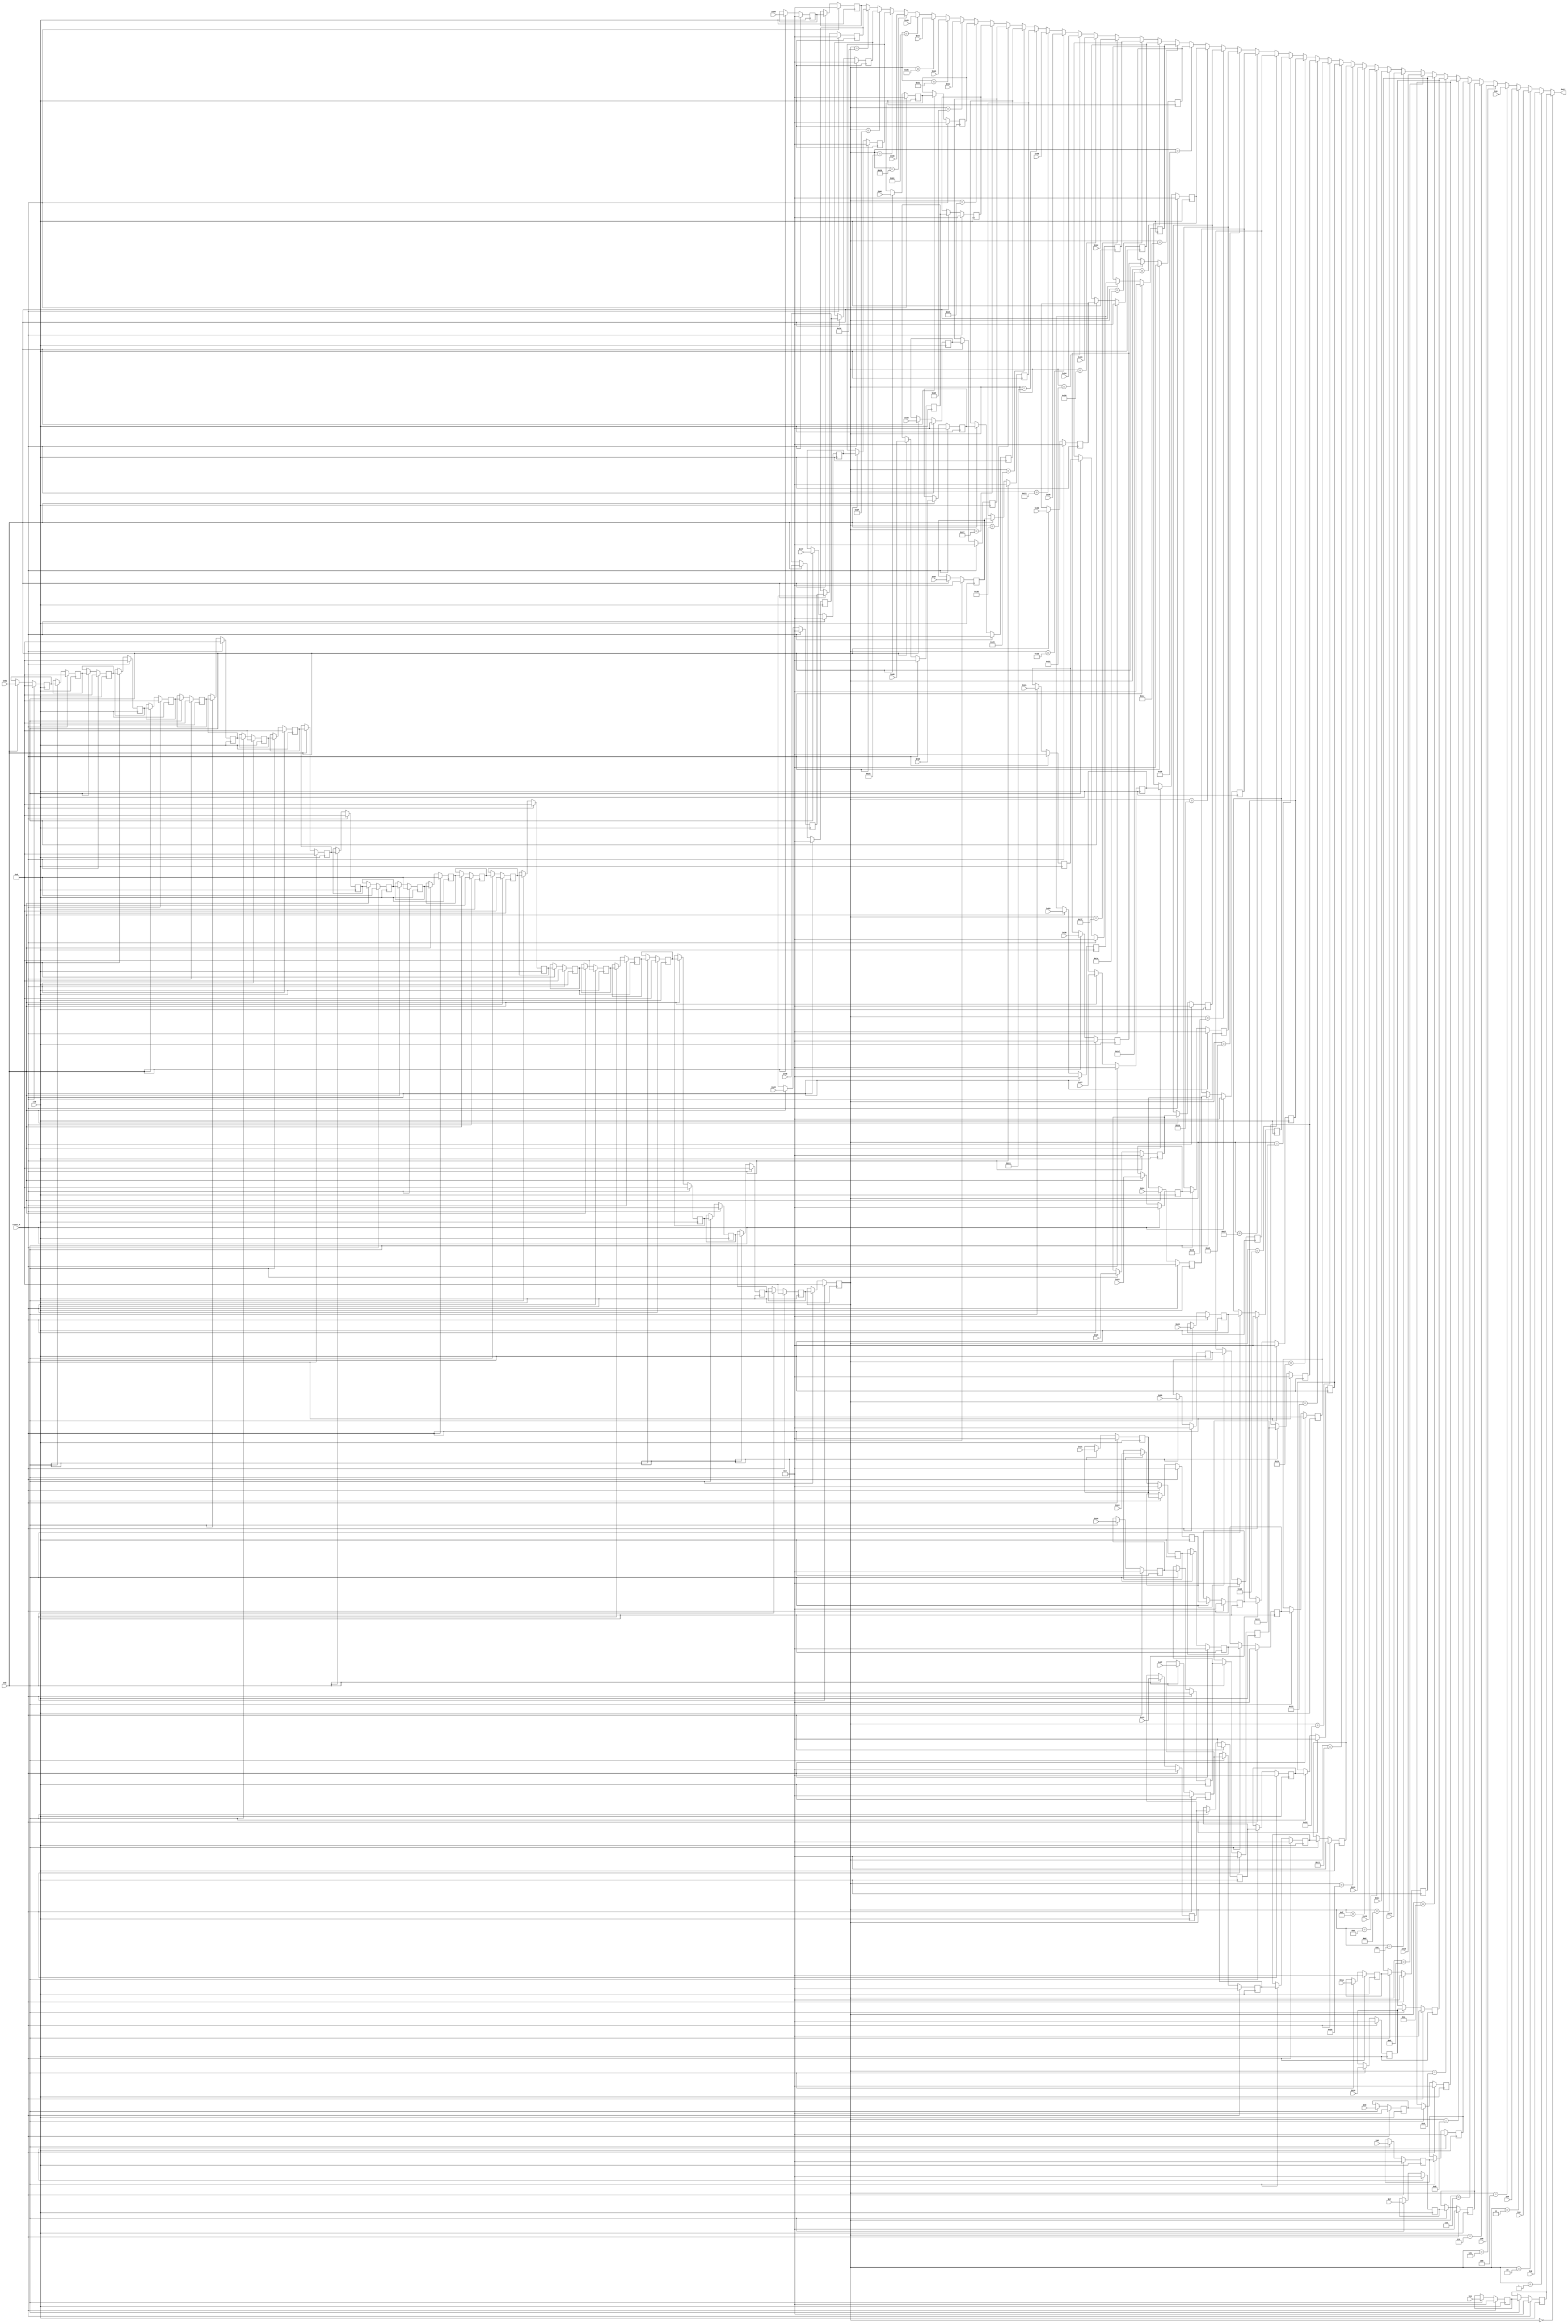
// -------------------------------------------------------------
// 
// 
// Generated by MATLAB 9.8 and HDL Coder 3.16
// 
// -------------------------------------------------------------


// -------------------------------------------------------------
// 
// Module: parallel_serial
// Source Path: newhope_cambios/FDHT/parallel_serial
// Hierarchy Level: 1
// 
// -------------------------------------------------------------

`timescale 1 ns / 1 ns

module parallel_serial
          (clk,
           reset_x,
           enb,
           In1,
           In2,
           In3,
           In4,
           In5,
           In6,
           In7,
           In8,
           In9,
           In10,
           In11,
           In12,
           In13,
           In14,
           In15,
           In16,
           In17,
           In18,
           In19,
           In20,
           In21,
           In22,
           In23,
           In24,
           In25,
           In26,
           In27,
           In28,
           In29,
           In30,
           In31,
           In32,
           In33,
           In34,
           In35,
           In36,
           In37,
           In38,
           In39,
           In40,
           In41,
           In42,
           In43,
           In44,
           In45,
           In46,
           In47,
           In48,
           In49,
           In50,
           In51,
           Out2);


  input   clk;
  input   reset_x;
  input   enb;
  input   signed [14:0] In1;  // sfix15_En5
  input   signed [14:0] In2;  // sfix15_En5
  input   signed [14:0] In3;  // sfix15_En5
  input   signed [14:0] In4;  // sfix15_En5
  input   signed [14:0] In5;  // sfix15_En5
  input   signed [14:0] In6;  // sfix15_En5
  input   signed [14:0] In7;  // sfix15_En5
  input   signed [14:0] In8;  // sfix15_En5
  input   signed [14:0] In9;  // sfix15_En5
  input   signed [14:0] In10;  // sfix15_En5
  input   signed [14:0] In11;  // sfix15_En5
  input   signed [14:0] In12;  // sfix15_En5
  input   signed [14:0] In13;  // sfix15_En5
  input   signed [14:0] In14;  // sfix15_En5
  input   signed [14:0] In15;  // sfix15_En5
  input   signed [14:0] In16;  // sfix15_En5
  input   signed [14:0] In17;  // sfix15_En5
  input   signed [14:0] In18;  // sfix15_En5
  input   signed [14:0] In19;  // sfix15_En5
  input   signed [14:0] In20;  // sfix15_En5
  input   signed [14:0] In21;  // sfix15_En5
  input   signed [14:0] In22;  // sfix15_En5
  input   signed [14:0] In23;  // sfix15_En5
  input   signed [14:0] In24;  // sfix15_En5
  input   signed [14:0] In25;  // sfix15_En5
  input   signed [14:0] In26;  // sfix15_En5
  input   signed [14:0] In27;  // sfix15_En5
  input   signed [14:0] In28;  // sfix15_En5
  input   signed [14:0] In29;  // sfix15_En5
  input   signed [14:0] In30;  // sfix15_En5
  input   signed [14:0] In31;  // sfix15_En5
  input   signed [14:0] In32;  // sfix15_En5
  input   signed [14:0] In33;  // sfix15_En5
  input   signed [14:0] In34;  // sfix15_En5
  input   signed [14:0] In35;  // sfix15_En5
  input   signed [14:0] In36;  // sfix15_En5
  input   signed [14:0] In37;  // sfix15_En5
  input   signed [14:0] In38;  // sfix15_En5
  input   signed [14:0] In39;  // sfix15_En5
  input   signed [14:0] In40;  // sfix15_En5
  input   signed [14:0] In41;  // sfix15_En5
  input   signed [14:0] In42;  // sfix15_En5
  input   signed [14:0] In43;  // sfix15_En5
  input   signed [14:0] In44;  // sfix15_En5
  input   signed [14:0] In45;  // sfix15_En5
  input   signed [14:0] In46;  // sfix15_En5
  input   signed [14:0] In47;  // sfix15_En5
  input   signed [14:0] In48;  // sfix15_En5
  input   signed [14:0] In49;  // sfix15_En5
  input   signed [14:0] In50;  // sfix15_En5
  input   [7:0] In51;  // uint8
  output  signed [14:0] Out2;  // sfix15_En5


  reg [7:0] delayMatch_reg [0:25];  // ufix8 [26]
  wire [7:0] delayMatch_reg_next [0:25];  // ufix8 [26]
  wire [7:0] In51_1;  // uint8
  reg signed [14:0] delayMatch1_reg [0:1];  // sfix15 [2]
  wire signed [14:0] delayMatch1_reg_next [0:1];  // sfix15_En5 [2]
  wire signed [14:0] In1_1;  // sfix15_En5
  reg signed [14:0] delayMatch2_reg [0:1];  // sfix15 [2]
  wire signed [14:0] delayMatch2_reg_next [0:1];  // sfix15_En5 [2]
  wire signed [14:0] In7_1;  // sfix15_En5
  reg signed [14:0] delayMatch3_reg [0:1];  // sfix15 [2]
  wire signed [14:0] delayMatch3_reg_next [0:1];  // sfix15_En5 [2]
  wire signed [14:0] In8_1;  // sfix15_En5
  reg signed [14:0] delayMatch4_reg [0:1];  // sfix15 [2]
  wire signed [14:0] delayMatch4_reg_next [0:1];  // sfix15_En5 [2]
  wire signed [14:0] In9_1;  // sfix15_En5
  reg signed [14:0] delayMatch5_reg [0:1];  // sfix15 [2]
  wire signed [14:0] delayMatch5_reg_next [0:1];  // sfix15_En5 [2]
  wire signed [14:0] In10_1;  // sfix15_En5
  reg signed [14:0] delayMatch6_reg [0:1];  // sfix15 [2]
  wire signed [14:0] delayMatch6_reg_next [0:1];  // sfix15_En5 [2]
  wire signed [14:0] In11_1;  // sfix15_En5
  reg signed [14:0] delayMatch7_reg [0:3];  // sfix15 [4]
  wire signed [14:0] delayMatch7_reg_next [0:3];  // sfix15_En5 [4]
  wire signed [14:0] In17_1;  // sfix15_En5
  reg signed [14:0] delayMatch8_reg [0:3];  // sfix15 [4]
  wire signed [14:0] delayMatch8_reg_next [0:3];  // sfix15_En5 [4]
  wire signed [14:0] In18_1;  // sfix15_En5
  reg signed [14:0] delayMatch9_reg [0:3];  // sfix15 [4]
  wire signed [14:0] delayMatch9_reg_next [0:3];  // sfix15_En5 [4]
  wire signed [14:0] In19_1;  // sfix15_En5
  reg signed [14:0] delayMatch10_reg [0:3];  // sfix15 [4]
  wire signed [14:0] delayMatch10_reg_next [0:3];  // sfix15_En5 [4]
  wire signed [14:0] In20_1;  // sfix15_En5
  reg signed [14:0] delayMatch11_reg [0:3];  // sfix15 [4]
  wire signed [14:0] delayMatch11_reg_next [0:3];  // sfix15_En5 [4]
  wire signed [14:0] In21_1;  // sfix15_En5
  reg signed [14:0] delayMatch12_reg [0:1];  // sfix15 [2]
  wire signed [14:0] delayMatch12_reg_next [0:1];  // sfix15_En5 [2]
  wire signed [14:0] In22_1;  // sfix15_En5
  reg signed [14:0] delayMatch13_reg [0:1];  // sfix15 [2]
  wire signed [14:0] delayMatch13_reg_next [0:1];  // sfix15_En5 [2]
  wire signed [14:0] In23_1;  // sfix15_En5
  reg signed [14:0] delayMatch14_reg [0:1];  // sfix15 [2]
  wire signed [14:0] delayMatch14_reg_next [0:1];  // sfix15_En5 [2]
  wire signed [14:0] In24_1;  // sfix15_En5
  reg signed [14:0] delayMatch15_reg [0:1];  // sfix15 [2]
  wire signed [14:0] delayMatch15_reg_next [0:1];  // sfix15_En5 [2]
  wire signed [14:0] In25_1;  // sfix15_En5
  reg signed [14:0] delayMatch16_reg [0:1];  // sfix15 [2]
  wire signed [14:0] delayMatch16_reg_next [0:1];  // sfix15_En5 [2]
  wire signed [14:0] In26_1;  // sfix15_En5
  reg signed [14:0] delayMatch17_reg [0:1];  // sfix15 [2]
  wire signed [14:0] delayMatch17_reg_next [0:1];  // sfix15_En5 [2]
  wire signed [14:0] In27_1;  // sfix15_En5
  reg signed [14:0] delayMatch18_reg [0:1];  // sfix15 [2]
  wire signed [14:0] delayMatch18_reg_next [0:1];  // sfix15_En5 [2]
  wire signed [14:0] In28_1;  // sfix15_En5
  reg signed [14:0] delayMatch19_reg [0:1];  // sfix15 [2]
  wire signed [14:0] delayMatch19_reg_next [0:1];  // sfix15_En5 [2]
  wire signed [14:0] In29_1;  // sfix15_En5
  reg signed [14:0] delayMatch20_reg [0:1];  // sfix15 [2]
  wire signed [14:0] delayMatch20_reg_next [0:1];  // sfix15_En5 [2]
  wire signed [14:0] In30_1;  // sfix15_En5
  reg signed [14:0] delayMatch21_reg [0:1];  // sfix15 [2]
  wire signed [14:0] delayMatch21_reg_next [0:1];  // sfix15_En5 [2]
  wire signed [14:0] In31_1;  // sfix15_En5
  reg signed [14:0] delayMatch22_reg [0:1];  // sfix15 [2]
  wire signed [14:0] delayMatch22_reg_next [0:1];  // sfix15_En5 [2]
  wire signed [14:0] In37_1;  // sfix15_En5
  reg signed [14:0] delayMatch23_reg [0:1];  // sfix15 [2]
  wire signed [14:0] delayMatch23_reg_next [0:1];  // sfix15_En5 [2]
  wire signed [14:0] In38_1;  // sfix15_En5
  reg signed [14:0] delayMatch24_reg [0:1];  // sfix15 [2]
  wire signed [14:0] delayMatch24_reg_next [0:1];  // sfix15_En5 [2]
  wire signed [14:0] In39_1;  // sfix15_En5
  reg signed [14:0] delayMatch25_reg [0:1];  // sfix15 [2]
  wire signed [14:0] delayMatch25_reg_next [0:1];  // sfix15_En5 [2]
  wire signed [14:0] In40_1;  // sfix15_En5
  reg signed [14:0] delayMatch26_reg [0:1];  // sfix15 [2]
  wire signed [14:0] delayMatch26_reg_next [0:1];  // sfix15_En5 [2]
  wire signed [14:0] In41_1;  // sfix15_En5
  reg signed [14:0] delayMatch27_reg [0:1];  // sfix15 [2]
  wire signed [14:0] delayMatch27_reg_next [0:1];  // sfix15_En5 [2]
  wire signed [14:0] In47_1;  // sfix15_En5
  reg signed [14:0] delayMatch28_reg [0:1];  // sfix15 [2]
  wire signed [14:0] delayMatch28_reg_next [0:1];  // sfix15_En5 [2]
  wire signed [14:0] In48_1;  // sfix15_En5
  reg signed [14:0] delayMatch29_reg [0:1];  // sfix15 [2]
  wire signed [14:0] delayMatch29_reg_next [0:1];  // sfix15_En5 [2]
  wire signed [14:0] In49_1;  // sfix15_En5
  reg signed [14:0] delayMatch30_reg [0:1];  // sfix15 [2]
  wire signed [14:0] delayMatch30_reg_next [0:1];  // sfix15_En5 [2]
  wire signed [14:0] In50_1;  // sfix15_En5
  wire signed [14:0] Multiport_Switch2_out1;  // sfix15_En5


  always @(posedge clk)
    begin : delayMatch_process
      if (reset_x == 1'b1) begin
        delayMatch_reg[0] <= 8'b00000000;
        delayMatch_reg[1] <= 8'b00000000;
        delayMatch_reg[2] <= 8'b00000000;
        delayMatch_reg[3] <= 8'b00000000;
        delayMatch_reg[4] <= 8'b00000000;
        delayMatch_reg[5] <= 8'b00000000;
        delayMatch_reg[6] <= 8'b00000000;
        delayMatch_reg[7] <= 8'b00000000;
        delayMatch_reg[8] <= 8'b00000000;
        delayMatch_reg[9] <= 8'b00000000;
        delayMatch_reg[10] <= 8'b00000000;
        delayMatch_reg[11] <= 8'b00000000;
        delayMatch_reg[12] <= 8'b00000000;
        delayMatch_reg[13] <= 8'b00000000;
        delayMatch_reg[14] <= 8'b00000000;
        delayMatch_reg[15] <= 8'b00000000;
        delayMatch_reg[16] <= 8'b00000000;
        delayMatch_reg[17] <= 8'b00000000;
        delayMatch_reg[18] <= 8'b00000000;
        delayMatch_reg[19] <= 8'b00000000;
        delayMatch_reg[20] <= 8'b00000000;
        delayMatch_reg[21] <= 8'b00000000;
        delayMatch_reg[22] <= 8'b00000000;
        delayMatch_reg[23] <= 8'b00000000;
        delayMatch_reg[24] <= 8'b00000000;
        delayMatch_reg[25] <= 8'b00000000;
      end
      else begin
        if (enb) begin
          delayMatch_reg[0] <= delayMatch_reg_next[0];
          delayMatch_reg[1] <= delayMatch_reg_next[1];
          delayMatch_reg[2] <= delayMatch_reg_next[2];
          delayMatch_reg[3] <= delayMatch_reg_next[3];
          delayMatch_reg[4] <= delayMatch_reg_next[4];
          delayMatch_reg[5] <= delayMatch_reg_next[5];
          delayMatch_reg[6] <= delayMatch_reg_next[6];
          delayMatch_reg[7] <= delayMatch_reg_next[7];
          delayMatch_reg[8] <= delayMatch_reg_next[8];
          delayMatch_reg[9] <= delayMatch_reg_next[9];
          delayMatch_reg[10] <= delayMatch_reg_next[10];
          delayMatch_reg[11] <= delayMatch_reg_next[11];
          delayMatch_reg[12] <= delayMatch_reg_next[12];
          delayMatch_reg[13] <= delayMatch_reg_next[13];
          delayMatch_reg[14] <= delayMatch_reg_next[14];
          delayMatch_reg[15] <= delayMatch_reg_next[15];
          delayMatch_reg[16] <= delayMatch_reg_next[16];
          delayMatch_reg[17] <= delayMatch_reg_next[17];
          delayMatch_reg[18] <= delayMatch_reg_next[18];
          delayMatch_reg[19] <= delayMatch_reg_next[19];
          delayMatch_reg[20] <= delayMatch_reg_next[20];
          delayMatch_reg[21] <= delayMatch_reg_next[21];
          delayMatch_reg[22] <= delayMatch_reg_next[22];
          delayMatch_reg[23] <= delayMatch_reg_next[23];
          delayMatch_reg[24] <= delayMatch_reg_next[24];
          delayMatch_reg[25] <= delayMatch_reg_next[25];
        end
      end
    end

  assign In51_1 = delayMatch_reg[25];
  assign delayMatch_reg_next[0] = In51;
  assign delayMatch_reg_next[1] = delayMatch_reg[0];
  assign delayMatch_reg_next[2] = delayMatch_reg[1];
  assign delayMatch_reg_next[3] = delayMatch_reg[2];
  assign delayMatch_reg_next[4] = delayMatch_reg[3];
  assign delayMatch_reg_next[5] = delayMatch_reg[4];
  assign delayMatch_reg_next[6] = delayMatch_reg[5];
  assign delayMatch_reg_next[7] = delayMatch_reg[6];
  assign delayMatch_reg_next[8] = delayMatch_reg[7];
  assign delayMatch_reg_next[9] = delayMatch_reg[8];
  assign delayMatch_reg_next[10] = delayMatch_reg[9];
  assign delayMatch_reg_next[11] = delayMatch_reg[10];
  assign delayMatch_reg_next[12] = delayMatch_reg[11];
  assign delayMatch_reg_next[13] = delayMatch_reg[12];
  assign delayMatch_reg_next[14] = delayMatch_reg[13];
  assign delayMatch_reg_next[15] = delayMatch_reg[14];
  assign delayMatch_reg_next[16] = delayMatch_reg[15];
  assign delayMatch_reg_next[17] = delayMatch_reg[16];
  assign delayMatch_reg_next[18] = delayMatch_reg[17];
  assign delayMatch_reg_next[19] = delayMatch_reg[18];
  assign delayMatch_reg_next[20] = delayMatch_reg[19];
  assign delayMatch_reg_next[21] = delayMatch_reg[20];
  assign delayMatch_reg_next[22] = delayMatch_reg[21];
  assign delayMatch_reg_next[23] = delayMatch_reg[22];
  assign delayMatch_reg_next[24] = delayMatch_reg[23];
  assign delayMatch_reg_next[25] = delayMatch_reg[24];



  always @(posedge clk)
    begin : delayMatch1_process
      if (reset_x == 1'b1) begin
        delayMatch1_reg[0] <= 15'sb000000000000000;
        delayMatch1_reg[1] <= 15'sb000000000000000;
      end
      else begin
        if (enb) begin
          delayMatch1_reg[0] <= delayMatch1_reg_next[0];
          delayMatch1_reg[1] <= delayMatch1_reg_next[1];
        end
      end
    end

  assign In1_1 = delayMatch1_reg[1];
  assign delayMatch1_reg_next[0] = In1;
  assign delayMatch1_reg_next[1] = delayMatch1_reg[0];



  always @(posedge clk)
    begin : delayMatch2_process
      if (reset_x == 1'b1) begin
        delayMatch2_reg[0] <= 15'sb000000000000000;
        delayMatch2_reg[1] <= 15'sb000000000000000;
      end
      else begin
        if (enb) begin
          delayMatch2_reg[0] <= delayMatch2_reg_next[0];
          delayMatch2_reg[1] <= delayMatch2_reg_next[1];
        end
      end
    end

  assign In7_1 = delayMatch2_reg[1];
  assign delayMatch2_reg_next[0] = In7;
  assign delayMatch2_reg_next[1] = delayMatch2_reg[0];



  always @(posedge clk)
    begin : delayMatch3_process
      if (reset_x == 1'b1) begin
        delayMatch3_reg[0] <= 15'sb000000000000000;
        delayMatch3_reg[1] <= 15'sb000000000000000;
      end
      else begin
        if (enb) begin
          delayMatch3_reg[0] <= delayMatch3_reg_next[0];
          delayMatch3_reg[1] <= delayMatch3_reg_next[1];
        end
      end
    end

  assign In8_1 = delayMatch3_reg[1];
  assign delayMatch3_reg_next[0] = In8;
  assign delayMatch3_reg_next[1] = delayMatch3_reg[0];



  always @(posedge clk)
    begin : delayMatch4_process
      if (reset_x == 1'b1) begin
        delayMatch4_reg[0] <= 15'sb000000000000000;
        delayMatch4_reg[1] <= 15'sb000000000000000;
      end
      else begin
        if (enb) begin
          delayMatch4_reg[0] <= delayMatch4_reg_next[0];
          delayMatch4_reg[1] <= delayMatch4_reg_next[1];
        end
      end
    end

  assign In9_1 = delayMatch4_reg[1];
  assign delayMatch4_reg_next[0] = In9;
  assign delayMatch4_reg_next[1] = delayMatch4_reg[0];



  always @(posedge clk)
    begin : delayMatch5_process
      if (reset_x == 1'b1) begin
        delayMatch5_reg[0] <= 15'sb000000000000000;
        delayMatch5_reg[1] <= 15'sb000000000000000;
      end
      else begin
        if (enb) begin
          delayMatch5_reg[0] <= delayMatch5_reg_next[0];
          delayMatch5_reg[1] <= delayMatch5_reg_next[1];
        end
      end
    end

  assign In10_1 = delayMatch5_reg[1];
  assign delayMatch5_reg_next[0] = In10;
  assign delayMatch5_reg_next[1] = delayMatch5_reg[0];



  always @(posedge clk)
    begin : delayMatch6_process
      if (reset_x == 1'b1) begin
        delayMatch6_reg[0] <= 15'sb000000000000000;
        delayMatch6_reg[1] <= 15'sb000000000000000;
      end
      else begin
        if (enb) begin
          delayMatch6_reg[0] <= delayMatch6_reg_next[0];
          delayMatch6_reg[1] <= delayMatch6_reg_next[1];
        end
      end
    end

  assign In11_1 = delayMatch6_reg[1];
  assign delayMatch6_reg_next[0] = In11;
  assign delayMatch6_reg_next[1] = delayMatch6_reg[0];



  always @(posedge clk)
    begin : delayMatch7_process
      if (reset_x == 1'b1) begin
        delayMatch7_reg[0] <= 15'sb000000000000000;
        delayMatch7_reg[1] <= 15'sb000000000000000;
        delayMatch7_reg[2] <= 15'sb000000000000000;
        delayMatch7_reg[3] <= 15'sb000000000000000;
      end
      else begin
        if (enb) begin
          delayMatch7_reg[0] <= delayMatch7_reg_next[0];
          delayMatch7_reg[1] <= delayMatch7_reg_next[1];
          delayMatch7_reg[2] <= delayMatch7_reg_next[2];
          delayMatch7_reg[3] <= delayMatch7_reg_next[3];
        end
      end
    end

  assign In17_1 = delayMatch7_reg[3];
  assign delayMatch7_reg_next[0] = In17;
  assign delayMatch7_reg_next[1] = delayMatch7_reg[0];
  assign delayMatch7_reg_next[2] = delayMatch7_reg[1];
  assign delayMatch7_reg_next[3] = delayMatch7_reg[2];



  always @(posedge clk)
    begin : delayMatch8_process
      if (reset_x == 1'b1) begin
        delayMatch8_reg[0] <= 15'sb000000000000000;
        delayMatch8_reg[1] <= 15'sb000000000000000;
        delayMatch8_reg[2] <= 15'sb000000000000000;
        delayMatch8_reg[3] <= 15'sb000000000000000;
      end
      else begin
        if (enb) begin
          delayMatch8_reg[0] <= delayMatch8_reg_next[0];
          delayMatch8_reg[1] <= delayMatch8_reg_next[1];
          delayMatch8_reg[2] <= delayMatch8_reg_next[2];
          delayMatch8_reg[3] <= delayMatch8_reg_next[3];
        end
      end
    end

  assign In18_1 = delayMatch8_reg[3];
  assign delayMatch8_reg_next[0] = In18;
  assign delayMatch8_reg_next[1] = delayMatch8_reg[0];
  assign delayMatch8_reg_next[2] = delayMatch8_reg[1];
  assign delayMatch8_reg_next[3] = delayMatch8_reg[2];



  always @(posedge clk)
    begin : delayMatch9_process
      if (reset_x == 1'b1) begin
        delayMatch9_reg[0] <= 15'sb000000000000000;
        delayMatch9_reg[1] <= 15'sb000000000000000;
        delayMatch9_reg[2] <= 15'sb000000000000000;
        delayMatch9_reg[3] <= 15'sb000000000000000;
      end
      else begin
        if (enb) begin
          delayMatch9_reg[0] <= delayMatch9_reg_next[0];
          delayMatch9_reg[1] <= delayMatch9_reg_next[1];
          delayMatch9_reg[2] <= delayMatch9_reg_next[2];
          delayMatch9_reg[3] <= delayMatch9_reg_next[3];
        end
      end
    end

  assign In19_1 = delayMatch9_reg[3];
  assign delayMatch9_reg_next[0] = In19;
  assign delayMatch9_reg_next[1] = delayMatch9_reg[0];
  assign delayMatch9_reg_next[2] = delayMatch9_reg[1];
  assign delayMatch9_reg_next[3] = delayMatch9_reg[2];



  always @(posedge clk)
    begin : delayMatch10_process
      if (reset_x == 1'b1) begin
        delayMatch10_reg[0] <= 15'sb000000000000000;
        delayMatch10_reg[1] <= 15'sb000000000000000;
        delayMatch10_reg[2] <= 15'sb000000000000000;
        delayMatch10_reg[3] <= 15'sb000000000000000;
      end
      else begin
        if (enb) begin
          delayMatch10_reg[0] <= delayMatch10_reg_next[0];
          delayMatch10_reg[1] <= delayMatch10_reg_next[1];
          delayMatch10_reg[2] <= delayMatch10_reg_next[2];
          delayMatch10_reg[3] <= delayMatch10_reg_next[3];
        end
      end
    end

  assign In20_1 = delayMatch10_reg[3];
  assign delayMatch10_reg_next[0] = In20;
  assign delayMatch10_reg_next[1] = delayMatch10_reg[0];
  assign delayMatch10_reg_next[2] = delayMatch10_reg[1];
  assign delayMatch10_reg_next[3] = delayMatch10_reg[2];



  always @(posedge clk)
    begin : delayMatch11_process
      if (reset_x == 1'b1) begin
        delayMatch11_reg[0] <= 15'sb000000000000000;
        delayMatch11_reg[1] <= 15'sb000000000000000;
        delayMatch11_reg[2] <= 15'sb000000000000000;
        delayMatch11_reg[3] <= 15'sb000000000000000;
      end
      else begin
        if (enb) begin
          delayMatch11_reg[0] <= delayMatch11_reg_next[0];
          delayMatch11_reg[1] <= delayMatch11_reg_next[1];
          delayMatch11_reg[2] <= delayMatch11_reg_next[2];
          delayMatch11_reg[3] <= delayMatch11_reg_next[3];
        end
      end
    end

  assign In21_1 = delayMatch11_reg[3];
  assign delayMatch11_reg_next[0] = In21;
  assign delayMatch11_reg_next[1] = delayMatch11_reg[0];
  assign delayMatch11_reg_next[2] = delayMatch11_reg[1];
  assign delayMatch11_reg_next[3] = delayMatch11_reg[2];



  always @(posedge clk)
    begin : delayMatch12_process
      if (reset_x == 1'b1) begin
        delayMatch12_reg[0] <= 15'sb000000000000000;
        delayMatch12_reg[1] <= 15'sb000000000000000;
      end
      else begin
        if (enb) begin
          delayMatch12_reg[0] <= delayMatch12_reg_next[0];
          delayMatch12_reg[1] <= delayMatch12_reg_next[1];
        end
      end
    end

  assign In22_1 = delayMatch12_reg[1];
  assign delayMatch12_reg_next[0] = In22;
  assign delayMatch12_reg_next[1] = delayMatch12_reg[0];



  always @(posedge clk)
    begin : delayMatch13_process
      if (reset_x == 1'b1) begin
        delayMatch13_reg[0] <= 15'sb000000000000000;
        delayMatch13_reg[1] <= 15'sb000000000000000;
      end
      else begin
        if (enb) begin
          delayMatch13_reg[0] <= delayMatch13_reg_next[0];
          delayMatch13_reg[1] <= delayMatch13_reg_next[1];
        end
      end
    end

  assign In23_1 = delayMatch13_reg[1];
  assign delayMatch13_reg_next[0] = In23;
  assign delayMatch13_reg_next[1] = delayMatch13_reg[0];



  always @(posedge clk)
    begin : delayMatch14_process
      if (reset_x == 1'b1) begin
        delayMatch14_reg[0] <= 15'sb000000000000000;
        delayMatch14_reg[1] <= 15'sb000000000000000;
      end
      else begin
        if (enb) begin
          delayMatch14_reg[0] <= delayMatch14_reg_next[0];
          delayMatch14_reg[1] <= delayMatch14_reg_next[1];
        end
      end
    end

  assign In24_1 = delayMatch14_reg[1];
  assign delayMatch14_reg_next[0] = In24;
  assign delayMatch14_reg_next[1] = delayMatch14_reg[0];



  always @(posedge clk)
    begin : delayMatch15_process
      if (reset_x == 1'b1) begin
        delayMatch15_reg[0] <= 15'sb000000000000000;
        delayMatch15_reg[1] <= 15'sb000000000000000;
      end
      else begin
        if (enb) begin
          delayMatch15_reg[0] <= delayMatch15_reg_next[0];
          delayMatch15_reg[1] <= delayMatch15_reg_next[1];
        end
      end
    end

  assign In25_1 = delayMatch15_reg[1];
  assign delayMatch15_reg_next[0] = In25;
  assign delayMatch15_reg_next[1] = delayMatch15_reg[0];



  always @(posedge clk)
    begin : delayMatch16_process
      if (reset_x == 1'b1) begin
        delayMatch16_reg[0] <= 15'sb000000000000000;
        delayMatch16_reg[1] <= 15'sb000000000000000;
      end
      else begin
        if (enb) begin
          delayMatch16_reg[0] <= delayMatch16_reg_next[0];
          delayMatch16_reg[1] <= delayMatch16_reg_next[1];
        end
      end
    end

  assign In26_1 = delayMatch16_reg[1];
  assign delayMatch16_reg_next[0] = In26;
  assign delayMatch16_reg_next[1] = delayMatch16_reg[0];



  always @(posedge clk)
    begin : delayMatch17_process
      if (reset_x == 1'b1) begin
        delayMatch17_reg[0] <= 15'sb000000000000000;
        delayMatch17_reg[1] <= 15'sb000000000000000;
      end
      else begin
        if (enb) begin
          delayMatch17_reg[0] <= delayMatch17_reg_next[0];
          delayMatch17_reg[1] <= delayMatch17_reg_next[1];
        end
      end
    end

  assign In27_1 = delayMatch17_reg[1];
  assign delayMatch17_reg_next[0] = In27;
  assign delayMatch17_reg_next[1] = delayMatch17_reg[0];



  always @(posedge clk)
    begin : delayMatch18_process
      if (reset_x == 1'b1) begin
        delayMatch18_reg[0] <= 15'sb000000000000000;
        delayMatch18_reg[1] <= 15'sb000000000000000;
      end
      else begin
        if (enb) begin
          delayMatch18_reg[0] <= delayMatch18_reg_next[0];
          delayMatch18_reg[1] <= delayMatch18_reg_next[1];
        end
      end
    end

  assign In28_1 = delayMatch18_reg[1];
  assign delayMatch18_reg_next[0] = In28;
  assign delayMatch18_reg_next[1] = delayMatch18_reg[0];



  always @(posedge clk)
    begin : delayMatch19_process
      if (reset_x == 1'b1) begin
        delayMatch19_reg[0] <= 15'sb000000000000000;
        delayMatch19_reg[1] <= 15'sb000000000000000;
      end
      else begin
        if (enb) begin
          delayMatch19_reg[0] <= delayMatch19_reg_next[0];
          delayMatch19_reg[1] <= delayMatch19_reg_next[1];
        end
      end
    end

  assign In29_1 = delayMatch19_reg[1];
  assign delayMatch19_reg_next[0] = In29;
  assign delayMatch19_reg_next[1] = delayMatch19_reg[0];



  always @(posedge clk)
    begin : delayMatch20_process
      if (reset_x == 1'b1) begin
        delayMatch20_reg[0] <= 15'sb000000000000000;
        delayMatch20_reg[1] <= 15'sb000000000000000;
      end
      else begin
        if (enb) begin
          delayMatch20_reg[0] <= delayMatch20_reg_next[0];
          delayMatch20_reg[1] <= delayMatch20_reg_next[1];
        end
      end
    end

  assign In30_1 = delayMatch20_reg[1];
  assign delayMatch20_reg_next[0] = In30;
  assign delayMatch20_reg_next[1] = delayMatch20_reg[0];



  always @(posedge clk)
    begin : delayMatch21_process
      if (reset_x == 1'b1) begin
        delayMatch21_reg[0] <= 15'sb000000000000000;
        delayMatch21_reg[1] <= 15'sb000000000000000;
      end
      else begin
        if (enb) begin
          delayMatch21_reg[0] <= delayMatch21_reg_next[0];
          delayMatch21_reg[1] <= delayMatch21_reg_next[1];
        end
      end
    end

  assign In31_1 = delayMatch21_reg[1];
  assign delayMatch21_reg_next[0] = In31;
  assign delayMatch21_reg_next[1] = delayMatch21_reg[0];



  always @(posedge clk)
    begin : delayMatch22_process
      if (reset_x == 1'b1) begin
        delayMatch22_reg[0] <= 15'sb000000000000000;
        delayMatch22_reg[1] <= 15'sb000000000000000;
      end
      else begin
        if (enb) begin
          delayMatch22_reg[0] <= delayMatch22_reg_next[0];
          delayMatch22_reg[1] <= delayMatch22_reg_next[1];
        end
      end
    end

  assign In37_1 = delayMatch22_reg[1];
  assign delayMatch22_reg_next[0] = In37;
  assign delayMatch22_reg_next[1] = delayMatch22_reg[0];



  always @(posedge clk)
    begin : delayMatch23_process
      if (reset_x == 1'b1) begin
        delayMatch23_reg[0] <= 15'sb000000000000000;
        delayMatch23_reg[1] <= 15'sb000000000000000;
      end
      else begin
        if (enb) begin
          delayMatch23_reg[0] <= delayMatch23_reg_next[0];
          delayMatch23_reg[1] <= delayMatch23_reg_next[1];
        end
      end
    end

  assign In38_1 = delayMatch23_reg[1];
  assign delayMatch23_reg_next[0] = In38;
  assign delayMatch23_reg_next[1] = delayMatch23_reg[0];



  always @(posedge clk)
    begin : delayMatch24_process
      if (reset_x == 1'b1) begin
        delayMatch24_reg[0] <= 15'sb000000000000000;
        delayMatch24_reg[1] <= 15'sb000000000000000;
      end
      else begin
        if (enb) begin
          delayMatch24_reg[0] <= delayMatch24_reg_next[0];
          delayMatch24_reg[1] <= delayMatch24_reg_next[1];
        end
      end
    end

  assign In39_1 = delayMatch24_reg[1];
  assign delayMatch24_reg_next[0] = In39;
  assign delayMatch24_reg_next[1] = delayMatch24_reg[0];



  always @(posedge clk)
    begin : delayMatch25_process
      if (reset_x == 1'b1) begin
        delayMatch25_reg[0] <= 15'sb000000000000000;
        delayMatch25_reg[1] <= 15'sb000000000000000;
      end
      else begin
        if (enb) begin
          delayMatch25_reg[0] <= delayMatch25_reg_next[0];
          delayMatch25_reg[1] <= delayMatch25_reg_next[1];
        end
      end
    end

  assign In40_1 = delayMatch25_reg[1];
  assign delayMatch25_reg_next[0] = In40;
  assign delayMatch25_reg_next[1] = delayMatch25_reg[0];



  always @(posedge clk)
    begin : delayMatch26_process
      if (reset_x == 1'b1) begin
        delayMatch26_reg[0] <= 15'sb000000000000000;
        delayMatch26_reg[1] <= 15'sb000000000000000;
      end
      else begin
        if (enb) begin
          delayMatch26_reg[0] <= delayMatch26_reg_next[0];
          delayMatch26_reg[1] <= delayMatch26_reg_next[1];
        end
      end
    end

  assign In41_1 = delayMatch26_reg[1];
  assign delayMatch26_reg_next[0] = In41;
  assign delayMatch26_reg_next[1] = delayMatch26_reg[0];



  always @(posedge clk)
    begin : delayMatch27_process
      if (reset_x == 1'b1) begin
        delayMatch27_reg[0] <= 15'sb000000000000000;
        delayMatch27_reg[1] <= 15'sb000000000000000;
      end
      else begin
        if (enb) begin
          delayMatch27_reg[0] <= delayMatch27_reg_next[0];
          delayMatch27_reg[1] <= delayMatch27_reg_next[1];
        end
      end
    end

  assign In47_1 = delayMatch27_reg[1];
  assign delayMatch27_reg_next[0] = In47;
  assign delayMatch27_reg_next[1] = delayMatch27_reg[0];



  always @(posedge clk)
    begin : delayMatch28_process
      if (reset_x == 1'b1) begin
        delayMatch28_reg[0] <= 15'sb000000000000000;
        delayMatch28_reg[1] <= 15'sb000000000000000;
      end
      else begin
        if (enb) begin
          delayMatch28_reg[0] <= delayMatch28_reg_next[0];
          delayMatch28_reg[1] <= delayMatch28_reg_next[1];
        end
      end
    end

  assign In48_1 = delayMatch28_reg[1];
  assign delayMatch28_reg_next[0] = In48;
  assign delayMatch28_reg_next[1] = delayMatch28_reg[0];



  always @(posedge clk)
    begin : delayMatch29_process
      if (reset_x == 1'b1) begin
        delayMatch29_reg[0] <= 15'sb000000000000000;
        delayMatch29_reg[1] <= 15'sb000000000000000;
      end
      else begin
        if (enb) begin
          delayMatch29_reg[0] <= delayMatch29_reg_next[0];
          delayMatch29_reg[1] <= delayMatch29_reg_next[1];
        end
      end
    end

  assign In49_1 = delayMatch29_reg[1];
  assign delayMatch29_reg_next[0] = In49;
  assign delayMatch29_reg_next[1] = delayMatch29_reg[0];



  always @(posedge clk)
    begin : delayMatch30_process
      if (reset_x == 1'b1) begin
        delayMatch30_reg[0] <= 15'sb000000000000000;
        delayMatch30_reg[1] <= 15'sb000000000000000;
      end
      else begin
        if (enb) begin
          delayMatch30_reg[0] <= delayMatch30_reg_next[0];
          delayMatch30_reg[1] <= delayMatch30_reg_next[1];
        end
      end
    end

  assign In50_1 = delayMatch30_reg[1];
  assign delayMatch30_reg_next[0] = In50;
  assign delayMatch30_reg_next[1] = delayMatch30_reg[0];



  assign Multiport_Switch2_out1 = (In51_1 == 8'b00000000 ? In1_1 :
              (In51_1 == 8'b00000001 ? In2 :
              (In51_1 == 8'b00000010 ? In3 :
              (In51_1 == 8'b00000011 ? In4 :
              (In51_1 == 8'b00000100 ? In5 :
              (In51_1 == 8'b00000101 ? In6 :
              (In51_1 == 8'b00000110 ? In7_1 :
              (In51_1 == 8'b00000111 ? In8_1 :
              (In51_1 == 8'b00001000 ? In9_1 :
              (In51_1 == 8'b00001001 ? In10_1 :
              (In51_1 == 8'b00001010 ? In11_1 :
              (In51_1 == 8'b00001011 ? In12 :
              (In51_1 == 8'b00001100 ? In13 :
              (In51_1 == 8'b00001101 ? In14 :
              (In51_1 == 8'b00001110 ? In15 :
              (In51_1 == 8'b00001111 ? In16 :
              (In51_1 == 8'b00010000 ? In17_1 :
              (In51_1 == 8'b00010001 ? In18_1 :
              (In51_1 == 8'b00010010 ? In19_1 :
              (In51_1 == 8'b00010011 ? In20_1 :
              (In51_1 == 8'b00010100 ? In21_1 :
              (In51_1 == 8'b00010101 ? In22_1 :
              (In51_1 == 8'b00010110 ? In23_1 :
              (In51_1 == 8'b00010111 ? In24_1 :
              (In51_1 == 8'b00011000 ? In25_1 :
              (In51_1 == 8'b00011001 ? In26_1 :
              (In51_1 == 8'b00011010 ? In27_1 :
              (In51_1 == 8'b00011011 ? In28_1 :
              (In51_1 == 8'b00011100 ? In29_1 :
              (In51_1 == 8'b00011101 ? In30_1 :
              (In51_1 == 8'b00011110 ? In31_1 :
              (In51_1 == 8'b00011111 ? In32 :
              (In51_1 == 8'b00100000 ? In33 :
              (In51_1 == 8'b00100001 ? In34 :
              (In51_1 == 8'b00100010 ? In35 :
              (In51_1 == 8'b00100011 ? In36 :
              (In51_1 == 8'b00100100 ? In37_1 :
              (In51_1 == 8'b00100101 ? In38_1 :
              (In51_1 == 8'b00100110 ? In39_1 :
              (In51_1 == 8'b00100111 ? In40_1 :
              (In51_1 == 8'b00101000 ? In41_1 :
              (In51_1 == 8'b00101001 ? In42 :
              (In51_1 == 8'b00101010 ? In43 :
              (In51_1 == 8'b00101011 ? In44 :
              (In51_1 == 8'b00101100 ? In45 :
              (In51_1 == 8'b00101101 ? In46 :
              (In51_1 == 8'b00101110 ? In47_1 :
              (In51_1 == 8'b00101111 ? In48_1 :
              (In51_1 == 8'b00110000 ? In49_1 :
              In50_1)))))))))))))))))))))))))))))))))))))))))))))))));



  assign Out2 = Multiport_Switch2_out1;

endmodule  // parallel_serial